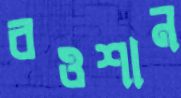
রওশান